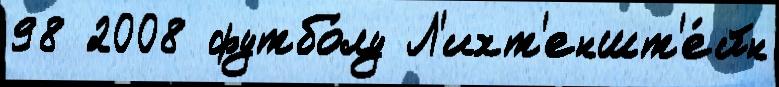
98 2008 футбо́лу Л'ихт'еншт'е́йн